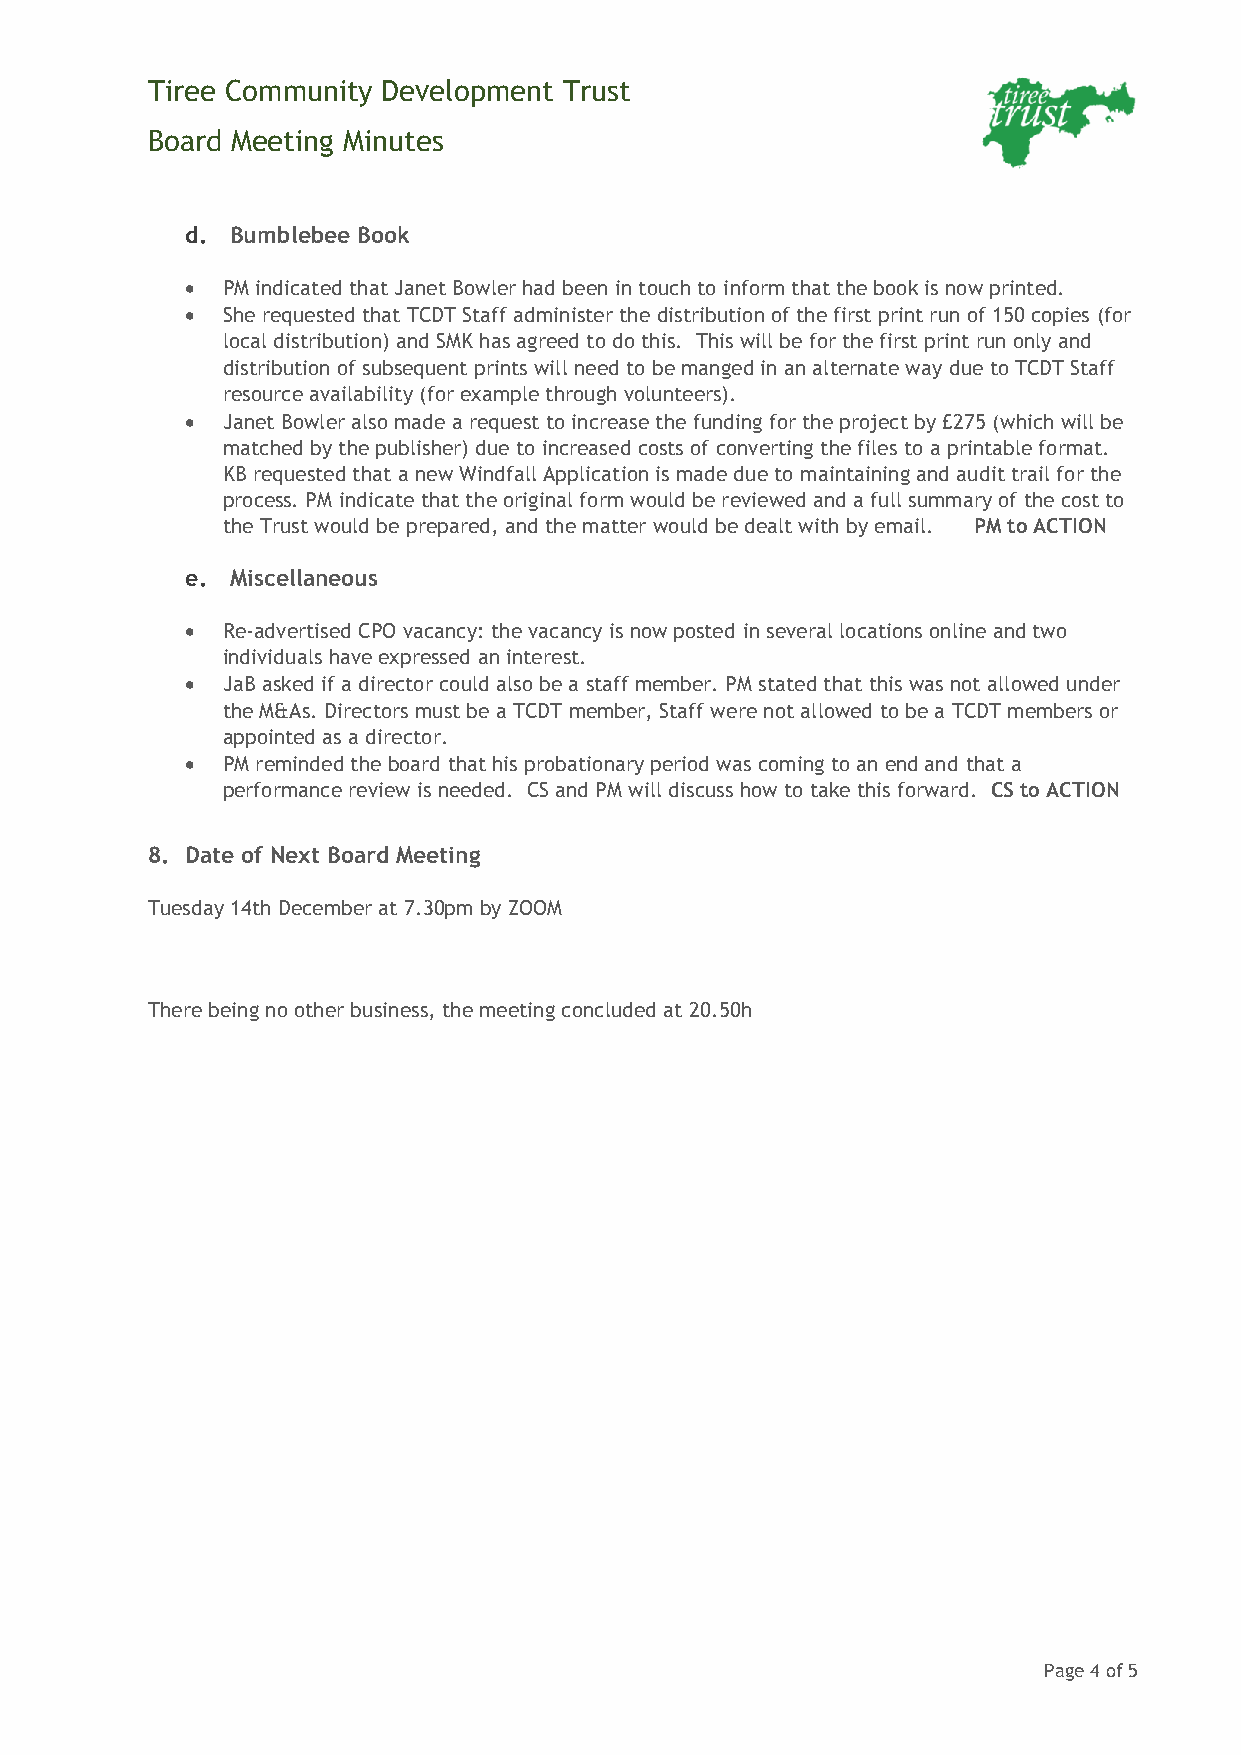
Tiree Community Development Trust
 Board Meeting Minutes
 d. Bumblebee Book
 •  PM indicated that Janet Bowler had been in touch to inform that the book is now printed.
 •  She requested that TCDT Staff administer the distribution of the first print run of 150 copies (for
 local distribution) and SMK has agreed to do this. This will be for the first print run only and
 distribution of subsequent prints will need to be manged in an alternate way due to TCDT Staff
 resource availability (for example through volunteers).
 •  Janet Bowler also made a request to increase the funding for the project by £275 (which will be
 matched by the publisher) due to increased costs of converting the files to a printable format.
 KB requested that a new Windfall Application is made due to maintaining and audit trail for the
 process. PM indicate that the original form would be reviewed and a full summary of the cost to
 the Trust would be prepared, and the matter would be dealt with by email. PM to ACTION
 e. Miscellaneous
 •  Re-advertised CPO vacancy: the vacancy is now posted in several locations online and two
 individuals have expressed an interest.
 •  JaB asked if a director could also be a staff member. PM stated that this was not allowed under
 the M&As. Directors must be a TCDT member, Staff were not allowed to be a TCDT members or
 appointed as a director.
 •  PM reminded the board that his probationary period was coming to an end and that a
 performance review is needed. CS and PM will discuss how to take this forward. CS to ACTION
 8. Date of Next Board Meeting
 Tuesday 14th December at 7.30pm by ZOOM
 There being no other business, the meeting concluded at 20.50h
 Page 4 of 5